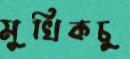
মুখিকচু